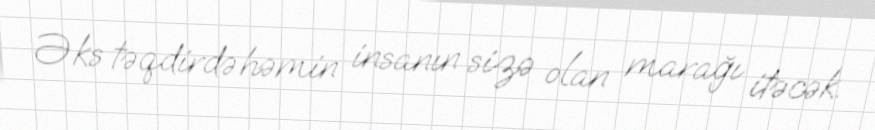
Əks təqdirdə həmin insanın sizə olan marağı itəcək.